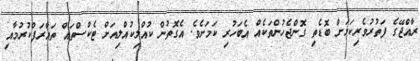
ރާއްޖޭގެ ފަތުރުވެރިކަމަށް ބޮޑެތި ގޮންޖެހުންތަކެއްް އެބަހުރި ކަމަށެވެ. އެގޮތުން ކުއްލިކުއްލިއަށް ޓެކްސްތައް ތައާރަފްކުރުމާއި